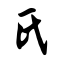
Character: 氏